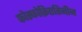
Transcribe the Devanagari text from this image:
फोस्फोक्रिएतिनीन